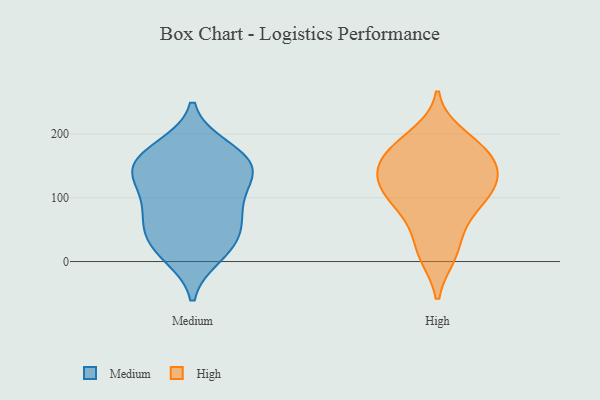
{"axis": {"x": "Active Users", "y": "Value"}, "legend": ["High", "Medium"], "data": [{"x": "", "y": 159, "type": "Medium"}, {"x": "", "y": 178, "type": "Medium"}, {"x": "", "y": 76, "type": "Medium"}, {"x": "", "y": 72, "type": "Medium"}, {"x": "", "y": 135, "type": "Medium"}, {"x": "", "y": 10, "type": "Medium"}, {"x": "", "y": 32, "type": "Medium"}, {"x": "", "y": 74, "type": "Medium"}, {"x": "", "y": 111, "type": "Medium"}, {"x": "", "y": 41, "type": "Medium"}, {"x": "", "y": 139, "type": "Medium"}, {"x": "", "y": 169, "type": "Medium"}, {"x": "", "y": 18, "type": "Medium"}, {"x": "", "y": 156, "type": "Medium"}, {"x": "", "y": 133, "type": "Medium"}, {"x": "", "y": 92, "type": "High"}, {"x": "", "y": 119, "type": "High"}, {"x": "", "y": 125, "type": "High"}, {"x": "", "y": 44, "type": "High"}, {"x": "", "y": 168, "type": "High"}, {"x": "", "y": 10, "type": "High"}, {"x": "", "y": 117, "type": "High"}, {"x": "", "y": 11, "type": "High"}, {"x": "", "y": 185, "type": "High"}, {"x": "", "y": 89, "type": "High"}, {"x": "", "y": 170, "type": "High"}, {"x": "", "y": 138, "type": "High"}, {"x": "", "y": 127, "type": "High"}, {"x": "", "y": 151, "type": "High"}, {"x": "", "y": 198, "type": "High"}, {"x": "", "y": 78, "type": "High"}, {"x": "", "y": 169, "type": "High"}]}